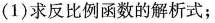
(1)求反比例函数的解析式；